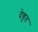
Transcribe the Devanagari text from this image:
देबूत